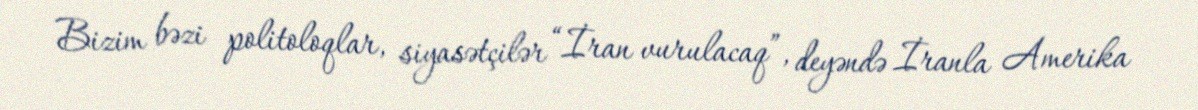
Bizim bəzi politoloqlar, siyasətçilər “İran vurulacaq”, deyəndə İranla Amerika